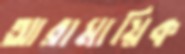
আরামায়িক